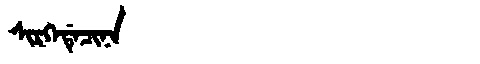
Manchu: ᠰᡳᡵᡴᡝᡩᡝᠴᡳᠨᠠ
Romanization: SIRKEDECINA